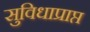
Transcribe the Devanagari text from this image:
सुविधाप्राप्त